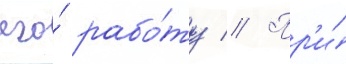
его́ рабо́ту // Пр'и́